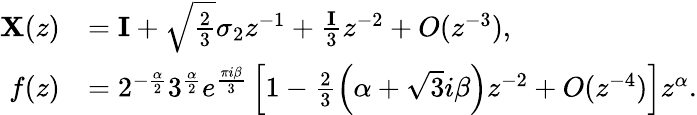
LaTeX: \begin{array}{rl}{\mathbf{X}(z)}&{=\mathbf{I}+\sqrt{\frac{2}{3}}\sigma_{2}z^{-1}+\frac{\mathbf{I}}{3}z^{-2}+O(z^{-3}),}\\ {f(z)}&{=2^{-\frac{\alpha}{2}}3^{\frac{\alpha}{2}}e^{\frac{\pi i{\beta}}{3}}\left[1-\frac{2}{3}\left(\alpha+\sqrt{3}i{\beta}\right)z^{-2}+O(z^{-4})\right]z^{\alpha}.}\end{array}